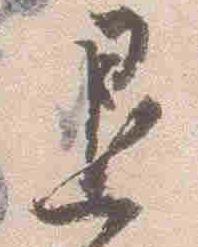
退